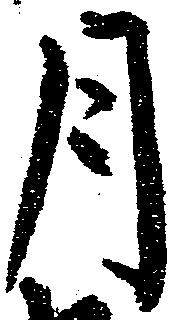
月